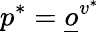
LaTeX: p^{*}=\underline{o}^{v^{*}}